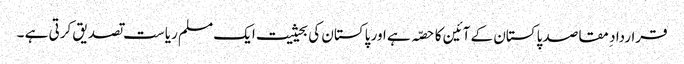
قرارداد ِ مقاصد پاکستان کے آئین کا حصّہ ہے اور پاکستان کی بحیثیت ایک مسلم ریاست تصدیق کرتی ہے ۔